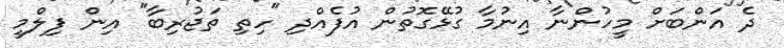
ދެ އަންބަށް މީހުންނާ އިނުމާ ގުޅޭގޮތުން އުފެއްދި "ހިތި ތަޖުރިބާ" އިން ފިލްމީ